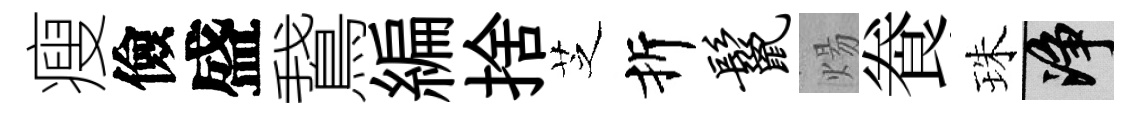
瘦儉盛鵞編捨芝折鬣煬飬珠净